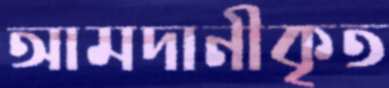
আমদানীকৃত